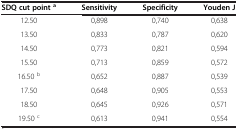
<table><thead><tr><td><b>SDQ cut point<sup>a</sup></b></td><td><b>Sensitivity</b></td><td><b>Specificity</b></td><td><b>Youden J</b></td></tr></thead><tbody><tr><td>12.50</td><td>0,898</td><td>0,740</td><td>0,638</td></tr><tr><td>13.50</td><td>0,833</td><td>0,787</td><td>0,620</td></tr><tr><td>14.50</td><td>0,773</td><td>0,821</td><td>0,594</td></tr><tr><td>15.50</td><td>0,713</td><td>0,859</td><td>0,572</td></tr><tr><td>16.50 <sup>b</sup></td><td>0,652</td><td>0,887</td><td>0,539</td></tr><tr><td>17.50</td><td>0,648</td><td>0,905</td><td>0,553</td></tr><tr><td>18.50</td><td>0,645</td><td>0,926</td><td>0,571</td></tr><tr><td>19.50 <sup>c</sup></td><td>0,613</td><td>0,941</td><td>0,554</td></tr></tbody></table>